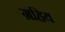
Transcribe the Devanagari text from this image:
ग्रहिय